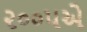
૨૦૦૫એ